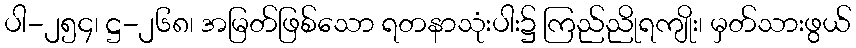
ပါ-၂၅၄၊ ဋ္ဌ-၂၆၈၊ အမြတ်ဖြစ်သော ရတနာသုံးပါး၌ ကြည်ညိုရကျိုး၊ မှတ်သားဖွယ်